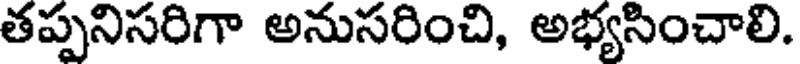
తప్పనిసరిగా అనుసరించి, అభ్యసించాలి.